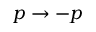
p \to - p